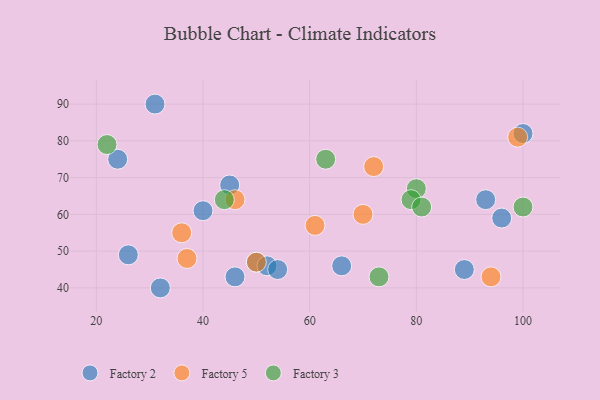
{"axis": {"x": "GDP", "y": "Life Expectancy"}, "legend": ["Factory 2", "Factory 3", "Factory 5"], "data": [{"x": "40", "y": 61, "type": "Factory 2"}, {"x": "100", "y": 82, "type": "Factory 2"}, {"x": "96", "y": 59, "type": "Factory 2"}, {"x": "66", "y": 46, "type": "Factory 2"}, {"x": "50", "y": 47, "type": "Factory 2"}, {"x": "26", "y": 49, "type": "Factory 2"}, {"x": "52", "y": 46, "type": "Factory 2"}, {"x": "31", "y": 90, "type": "Factory 2"}, {"x": "45", "y": 68, "type": "Factory 2"}, {"x": "24", "y": 75, "type": "Factory 2"}, {"x": "46", "y": 43, "type": "Factory 2"}, {"x": "54", "y": 45, "type": "Factory 2"}, {"x": "93", "y": 64, "type": "Factory 2"}, {"x": "32", "y": 40, "type": "Factory 2"}, {"x": "89", "y": 45, "type": "Factory 2"}, {"x": "37", "y": 48, "type": "Factory 5"}, {"x": "46", "y": 64, "type": "Factory 5"}, {"x": "36", "y": 55, "type": "Factory 5"}, {"x": "72", "y": 73, "type": "Factory 5"}, {"x": "94", "y": 43, "type": "Factory 5"}, {"x": "70", "y": 60, "type": "Factory 5"}, {"x": "50", "y": 47, "type": "Factory 5"}, {"x": "99", "y": 81, "type": "Factory 5"}, {"x": "61", "y": 57, "type": "Factory 5"}, {"x": "73", "y": 43, "type": "Factory 3"}, {"x": "80", "y": 67, "type": "Factory 3"}, {"x": "100", "y": 62, "type": "Factory 3"}, {"x": "79", "y": 64, "type": "Factory 3"}, {"x": "63", "y": 75, "type": "Factory 3"}, {"x": "44", "y": 64, "type": "Factory 3"}, {"x": "81", "y": 62, "type": "Factory 3"}, {"x": "22", "y": 79, "type": "Factory 3"}]}